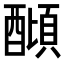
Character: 𨢣